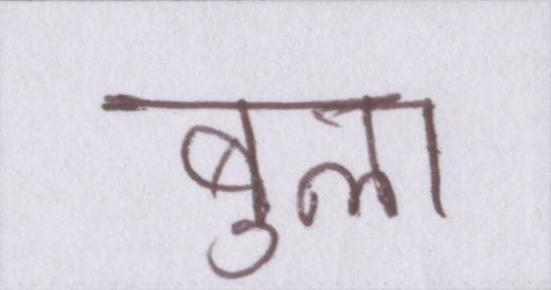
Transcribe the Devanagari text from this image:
बुला